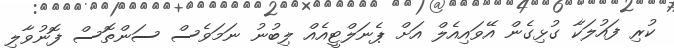
ކުރި ފައުލަކާ ގުޅިގެން އޭވައިއެލް އަށް ޕެނަލްޓީއެއް ލިބުނު ނަމަވެސް ސަންތޮސް ފޮނުވާލި